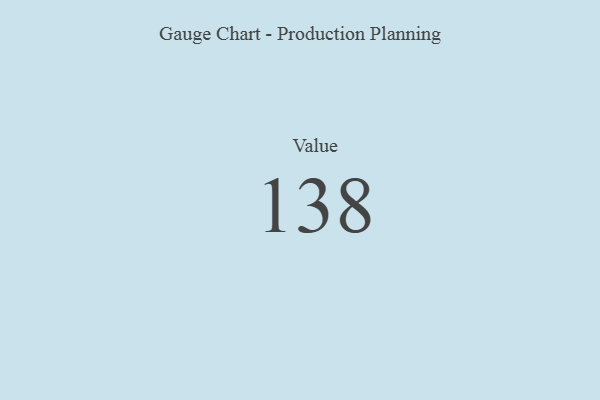
{"axis": {"x": "Metric", "y": "Value"}, "legend": [""], "data": [{"x": "Value", "y": 138, "type": ""}]}